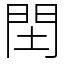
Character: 䦌